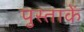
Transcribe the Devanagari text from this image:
पुस्ताकें